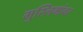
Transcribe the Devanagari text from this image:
मुस्लिमांवर